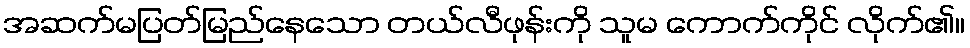
အဆက်မပြတ်မြည်နေသော တယ်လီဖုန်းကို သူမ ကောက်ကိုင် လိုက်၏။